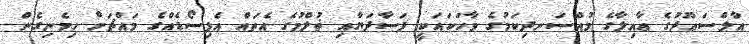
އާލްސަޢޫދުގެ ޢާއިލާގެ މުއްސަނދިކަމުގެ ވާހަކައަކީ ފަސާދަޔާއި ޡުލްމުގެ އެތައް އެޕިސޯޑެއްގެ މައްޗަށް ހިމެނިގެން